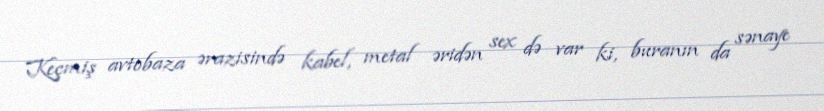
Keçmiş avtobaza ərazisində kabel, metal əridən sex də var ki, buranın da sənaye